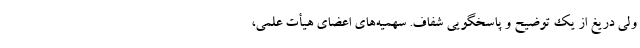
ولی دریغ از یک توضیح و پاسخگویی شفاف. سهمیه‌های اعضای هیأت علمی،